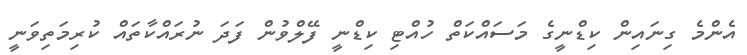
އެންމެ ގިނައިން ކިޑްނީގެ މަސައްކަތް ހުއްޓި ކިޑްނީ ފޭލްވުން ފަދަ ނުރައްކާތައް ކުރިމަތިވަނީ